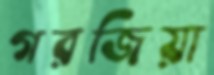
গরজিয়া